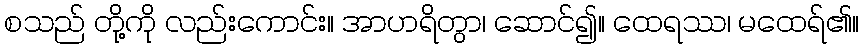
စသည် တို့ကို လည်းကောင်း။ အာဟရိတွာ၊ ဆောင်၍။ ထေရဿ၊ မထေရ်၏။